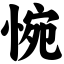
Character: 惋